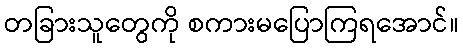
တခြားသူတွေကို စကားမပြောကြရအောင်။